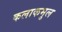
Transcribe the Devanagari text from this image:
कलाकमुल